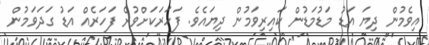
އިވެމުން ދިޔަ އަޑު މަޑުމަޑުން ކައިރިވަމުން ދިޔައެވެ. ފަހަރަކަށްވުރެ ފަހަރެއް އަޑު ގަދަވަމުން